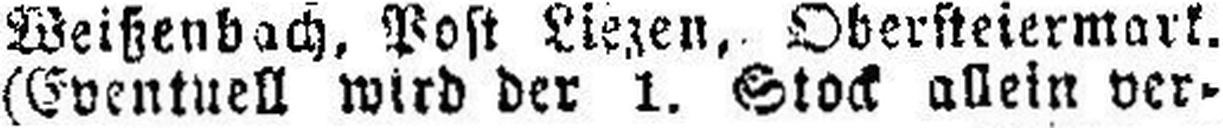
(Eventuell wird der 1. Stock allein ver¬